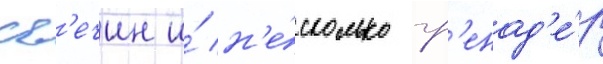
Св'ечин и́ н'е́сколько гр'енад'е́р